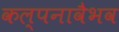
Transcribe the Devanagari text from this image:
कल्पनावैभव